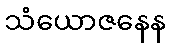
သံယောဇနေန